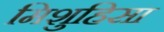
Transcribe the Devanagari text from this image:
मिशुहिसा